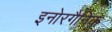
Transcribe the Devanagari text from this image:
इनोरगैनिक